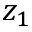
z _ { 1 }